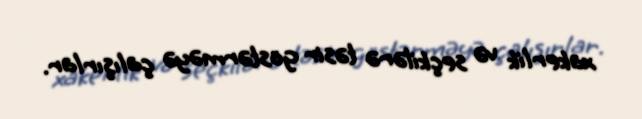
xakerlik və seçkilərə təsir göstərməyə çalışırlar.